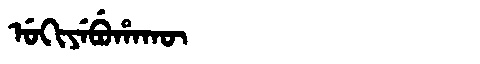
Manchu: ᡠᡴᡳᠶᡝᠪᡠᡥᠠᡴᡡ
Romanization: UKIYEBUHAKŪ